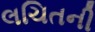
લચિતની